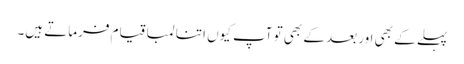
پہلے کے بھی اور بعد کے بھی تو آپ کیوں اتنا لمبا قیام فرماتے ہیں۔